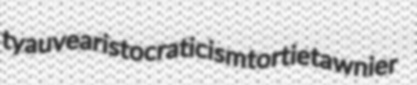
tyauve aristocraticism tortie tawnier